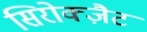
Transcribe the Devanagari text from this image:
सिरोक्ज़ैट